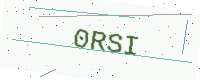
Text: 0RSI